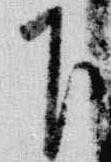
下